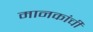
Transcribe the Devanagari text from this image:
मानकांची